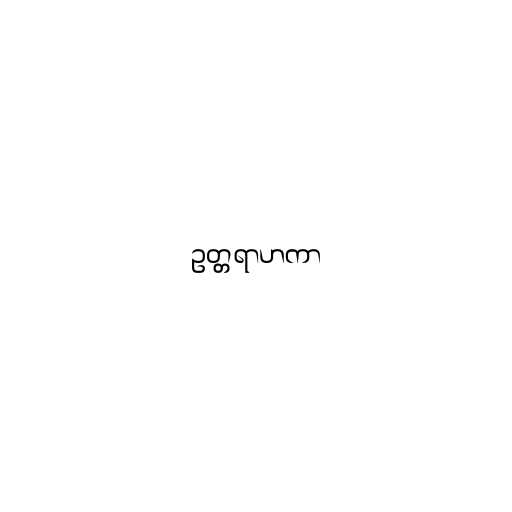
ဥတ္တရာဟကာ